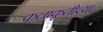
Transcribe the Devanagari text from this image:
कलाकृतीच्या